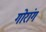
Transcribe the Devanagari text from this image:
गोरांग